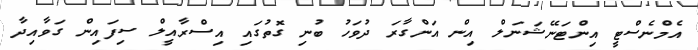
އެމްނެސްޓީ އިންޓަނޭޝަނަލް އިން އަންގާރަ ދުވަހު ބުނި ގޮތުގައި އިސްރާއީލް ސިފައިން ގަވާއިދާ